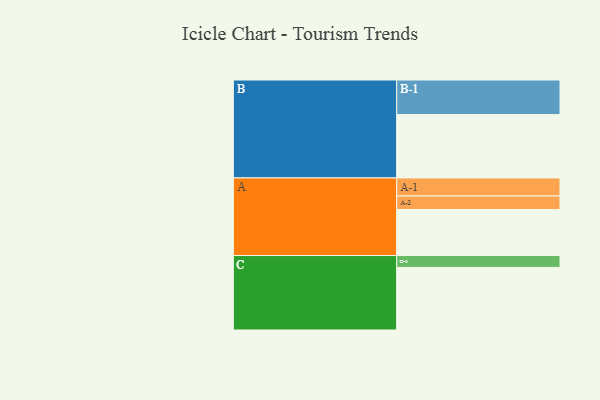
{"axis": {"x": "Segment", "y": "Value"}, "legend": ["", "A", "B", "C"], "data": [{"x": "A", "y": 365, "type": ""}, {"x": "B", "y": 502, "type": ""}, {"x": "C", "y": 496, "type": ""}, {"x": "A-1", "y": 143, "type": "A"}, {"x": "A-2", "y": 107, "type": "A"}, {"x": "B-1", "y": 274, "type": "B"}, {"x": "C-1", "y": 94, "type": "C"}]}